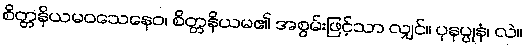
စိတ္တနိယမဝသေနေဝ၊ စိတ္တနိယမ၏ အစွမ်းဖြင့်သာ လျှင်။ ပုနပ္ပုနံ၊ လဲ။